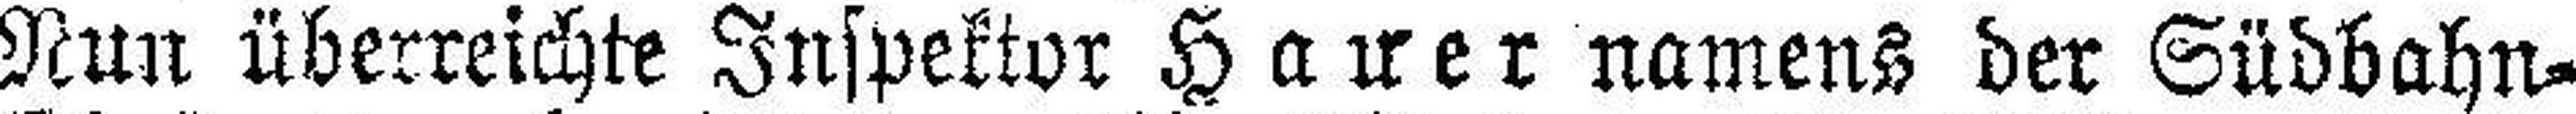
Nun überreichte Inspektor Hauer namens der Südbahn¬